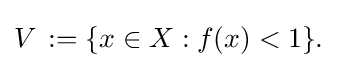
{\textstyle V\,:=\{x\in X:f(x)<1\}.}